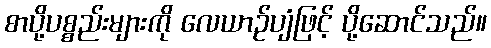
စာပို့ပစ္စည်းများကို လေယာဉ်ပျံဖြင့် ပို့ဆောင်သည်။